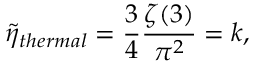
{ \tilde { \eta } } _ { t h e r m a l } = { \frac { 3 } { 4 } } { \frac { \zeta ( 3 ) } { \pi ^ { 2 } } } = k ,